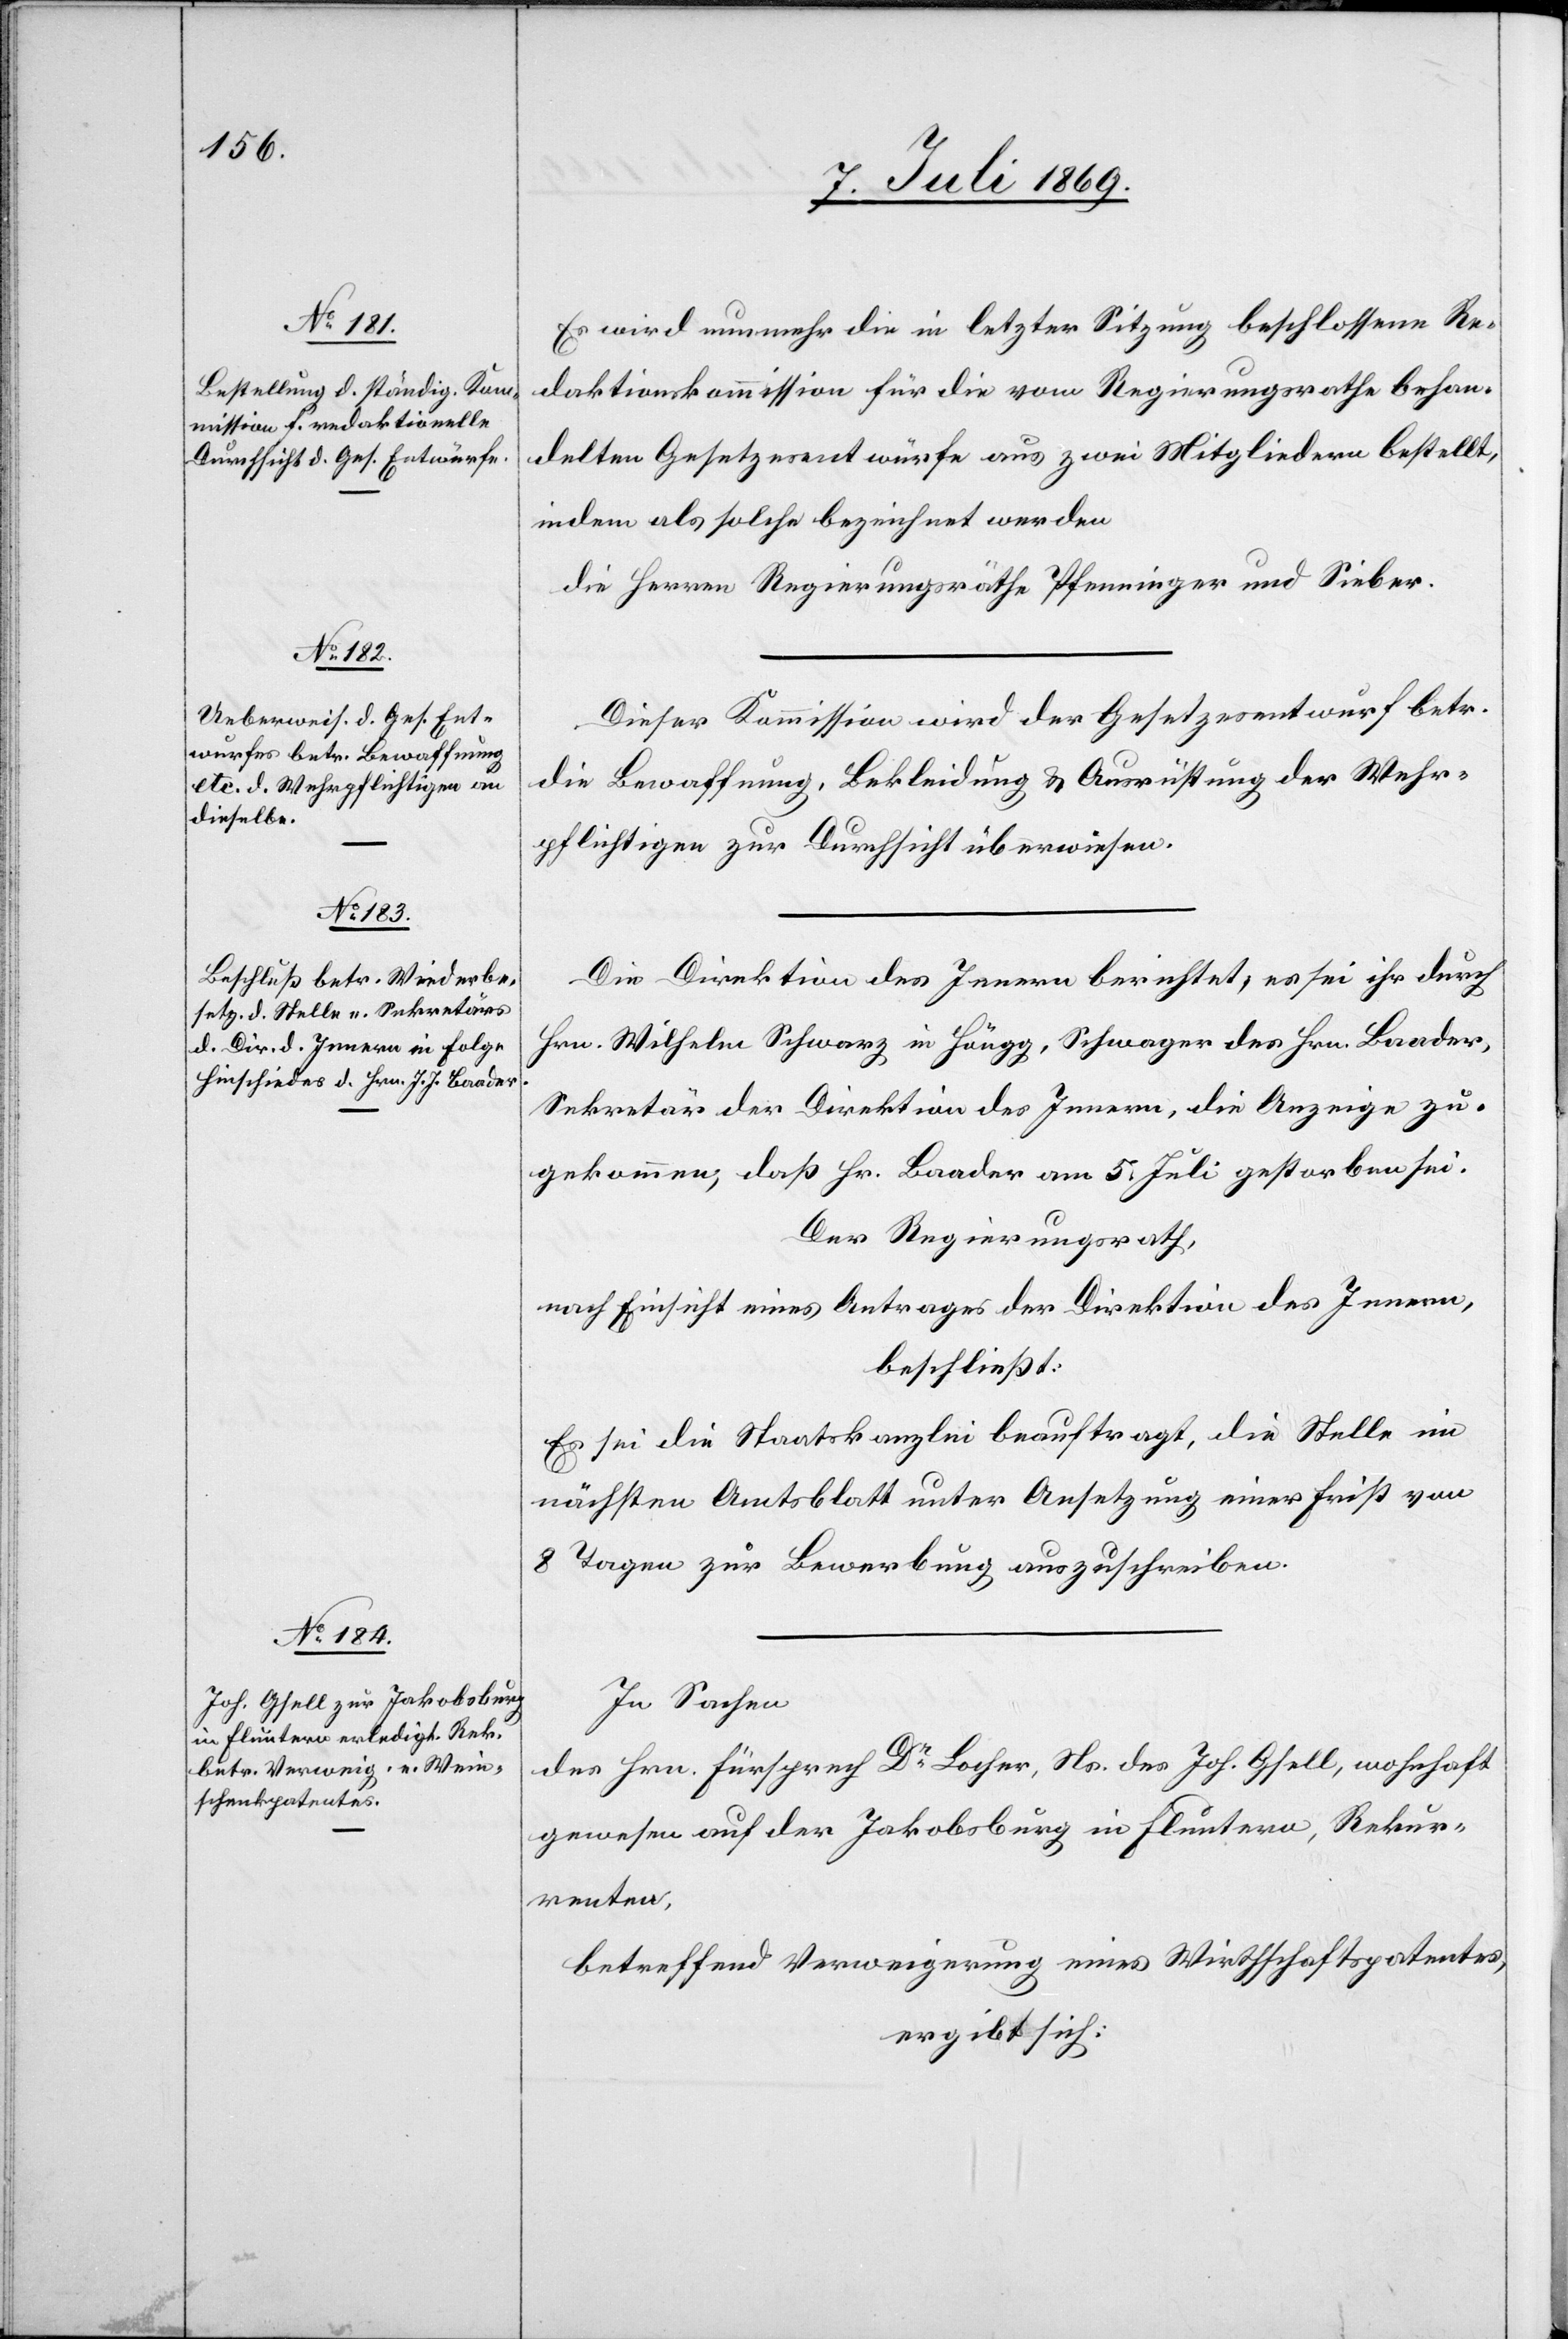
Es wird nunmehr die in letzter Sitzung beschlossene Re¬
daktionskommission für die vom Regierungsrathe behan¬
delten Gesetzesentwürfe aus zwei Mitglieder bestellt,
indem als solche bezeichnet werden
die Herren Regierungsräthe Pfenninger und Sieber.
Dieser Kommission wird der Gesetzesentwurf betr.
die Bewaffnung, Bekleidung u. Ausrüstung der Wehr¬
pflichtigen zur Durchsicht überwiesen.
Die Direktion des Innern berichtet, es sei ihr durch
Hrn. Wilhelm Schwarz in Höngg, Schwager des Hrn. Baader,
Sekretär der Direktion des Innern, die Anzeige zu¬
gekommen, daß Hr. Baader am 5 Juli gestorben sei.
Der Regierungsrath,
nach Einsicht eines Antrages der Direktion des Innern,
beschließt:
Es sei die Staatskanzlei beauftragt, die Stelle im
nächsten Amtsblatt unter Ansetzung einer Frist von
8 Tagen zur Bewerbung auszuschreiben.
In Sachen
des Hrn. Fürsprech Dr Locher, Ns. des Joh. Gfell, wohnhaft
gewesen auf der Jakobsburg in Fluntern, Rekur¬
renten,
betreffend Verweigerung eines Wirthschaftspatentes,
ergibt sich: